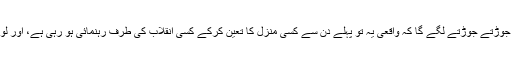
یہ تمام واقعات کسی ترتیب کے ساتھ جمع کرلیں تو جوڑتے جوڑتے لگے گا کہ واقعی یہ تو پہلے دن سے کسی منزل کا تعین کرکے کسی انقلاب کی طرف رہنمائی ہو رہی ہے، اور لوگوں کو ایک بڑے مقصد کی طرف بلایا جا رہا ہے۔